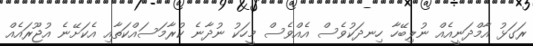
ރަގަޅު އާމްދަނީއެއް ނުލިބޭހާ ހިނދަކުވެސް އެއްވެސް މީހަކު ނުދާނެ ކުރާމަސައްކަތާއި އެކަށޭނެ އުޖޫރައެއް